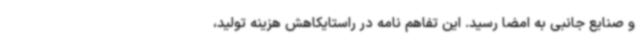
و صنایع جانبی به امضا رسید. این تفاهم نامه در راستایکاهش هزینه تولید،